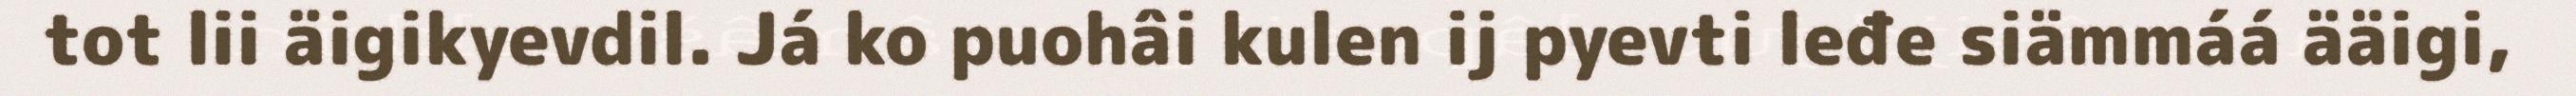
tot lii äigikyevdil. Já ko puohâi kulen ij pyevti leđe siämmáá ääigi,